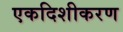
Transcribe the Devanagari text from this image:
एकदिशीकरण